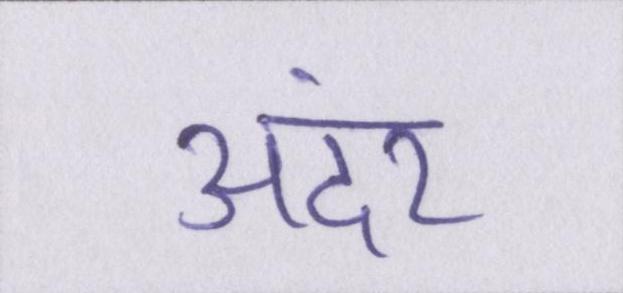
अंदर